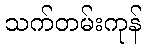
သက်တမ်းကုန်